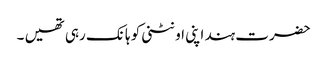
حضرت ہند اپنی اونٹنی کو ہانک رہی تھیں ۔